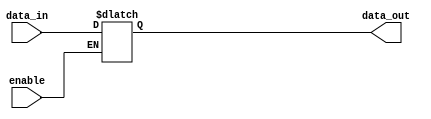
module transparent_latch (
    input wire data_in,
    input wire enable,
    output reg data_out
);

 always @ (data_in or enable)
 begin
    if (enable)
        data_out <= data_in;
 end

endmodule